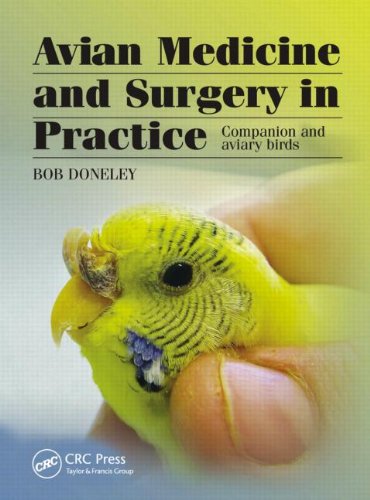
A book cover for Avian Medicine and Surgery in Practice: Companion and Aviary Birds; Bob Doneley; Medical Books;